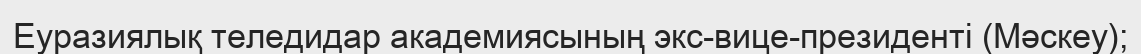
Еуразиялық теледидар академиясының экс-вице-президенті (Мәскеу);